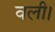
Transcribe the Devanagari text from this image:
वली।